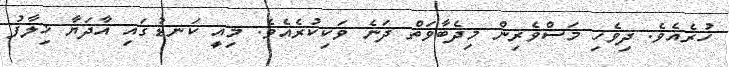
ހުރެއެވެ. ދިވެހި މަސްވެރިން މިދެބާވަތް ދަނެ ވަކިކުރެއެެވެ. މިއީ ކަނޑުގައި އާދަޔާ ޚިލާފު